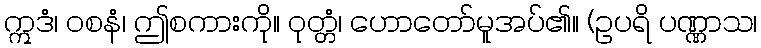
ဣဒံ၊ ဝစနံ၊ ဤစကားကို။ ဝုတ္တံ၊ ဟောတော်မူအပ်၏။ (ဥပရိ ပဏ္ဏာသ၊